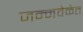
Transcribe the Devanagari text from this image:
जन्मवेळेत